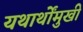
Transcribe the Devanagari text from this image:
यथार्थोंमुखी